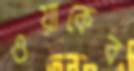
ওয়াকেব